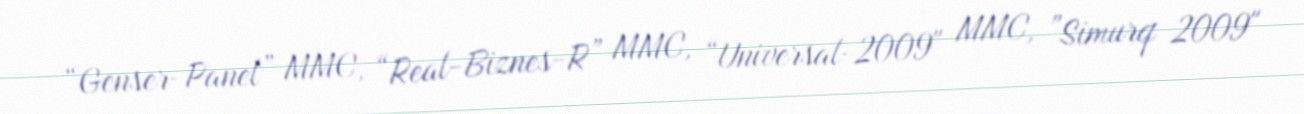
“Genser-Panel” MMC, “Real-Biznes-R” MMC, “Universal-2009" MMC, ”Simurq 2009"